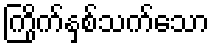
ကြိုက်နှစ်သက်သော